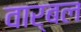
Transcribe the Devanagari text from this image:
वार्बल